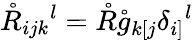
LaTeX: \mathring{R}_{ijk}{}^{l}=\mathring{R}\mathring{g}_{k[j}\delta_{i]}{}^{l}